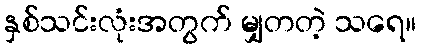
နှစ်သင်းလုံးအတွက် မျှတတဲ့ သရေ။